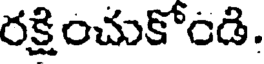
రక్షించుకోండి.